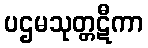
ပဌမသုတ္တဋီကာ